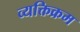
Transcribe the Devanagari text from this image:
व्यक्तिक्रम